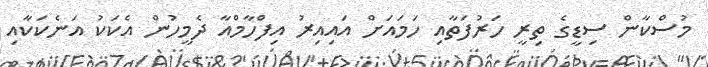
މުސްކާން ސިޑީގެ ތިރީ ހަރުފަތާއި ހަމައަށް އައިއިރު އިފްހާމްއާ ދެމީހުން އެކަކު އަނެކަކާއި